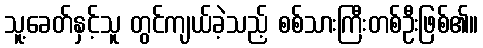
သူ့ခေတ်နှင့်သူ တွင်ကျယ်ခဲ့သည့် စစ်သားကြီးတစ်ဦးဖြစ်၏။